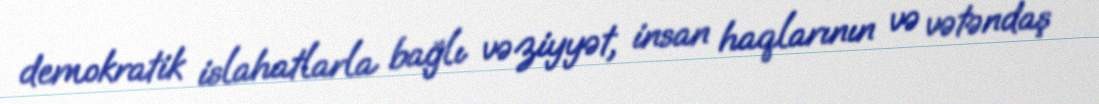
demokratik islahatlarla bağlı vəziyyət, insan haqlarının və vətəndaş